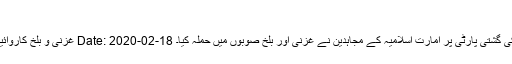
share 0
غزنی و بلخ کاروائیاں، چوکی فتح، کمانڈروں سمیت 23 ہلاک، غنائم Date: 2020-02-18 مقامی جنگجوؤں کی چوکی اور کٹھ پتلی فوجوں کی گشتی پارٹی پر امارت اسلامیہ کے مجاہدین نے غزنی اور بلخ صوبوں میں حملہ کیا۔